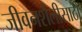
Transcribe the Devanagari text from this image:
जीवनशैलीसाठी